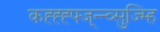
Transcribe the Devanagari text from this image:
कह्ह्ह्फ्ज्न्न्व्सुज्म्हि